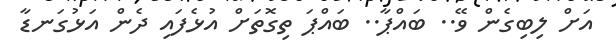
އަށް ލިބިގެން ވޭ.. ބައްޕާ.. ބައްޕަ ތިގޮތަށް އުޅެފައި ދެން އަޅުގަނޑާ